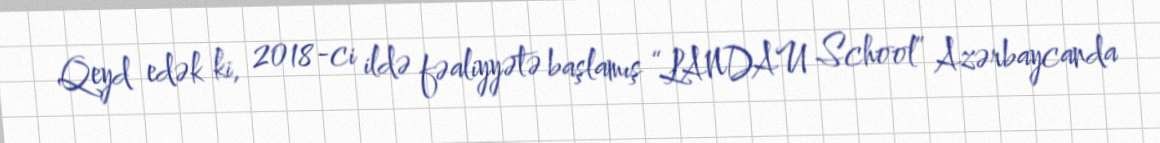
Qeyd edək ki, 2018-ci ildə fəaliyyətə başlamış “LANDAU School” Azərbaycanda